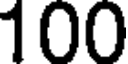
100